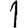
Digit: 1